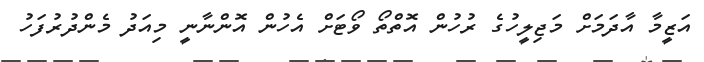
އަޒީމާ އާދަމަށް މަޖިލީހުގެ ރުހުން އޮތްތޯ ވޯޓަށް އެހުން އޮންނާނީ މިއަދު މެންދުރުފަހު